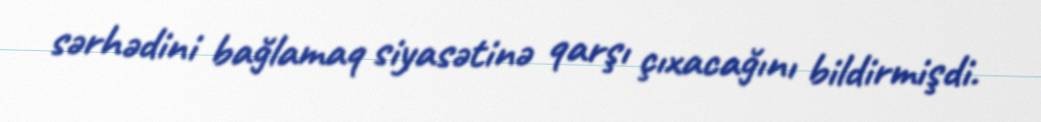
sərhədini bağlamaq siyasətinə qarşı çıxacağını bildirmişdi.